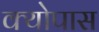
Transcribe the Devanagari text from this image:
क्योपास